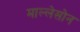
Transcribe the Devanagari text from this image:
माल्लेसोन